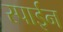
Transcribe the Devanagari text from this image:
स्पाईन